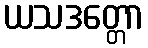
ယသဒတ္တော